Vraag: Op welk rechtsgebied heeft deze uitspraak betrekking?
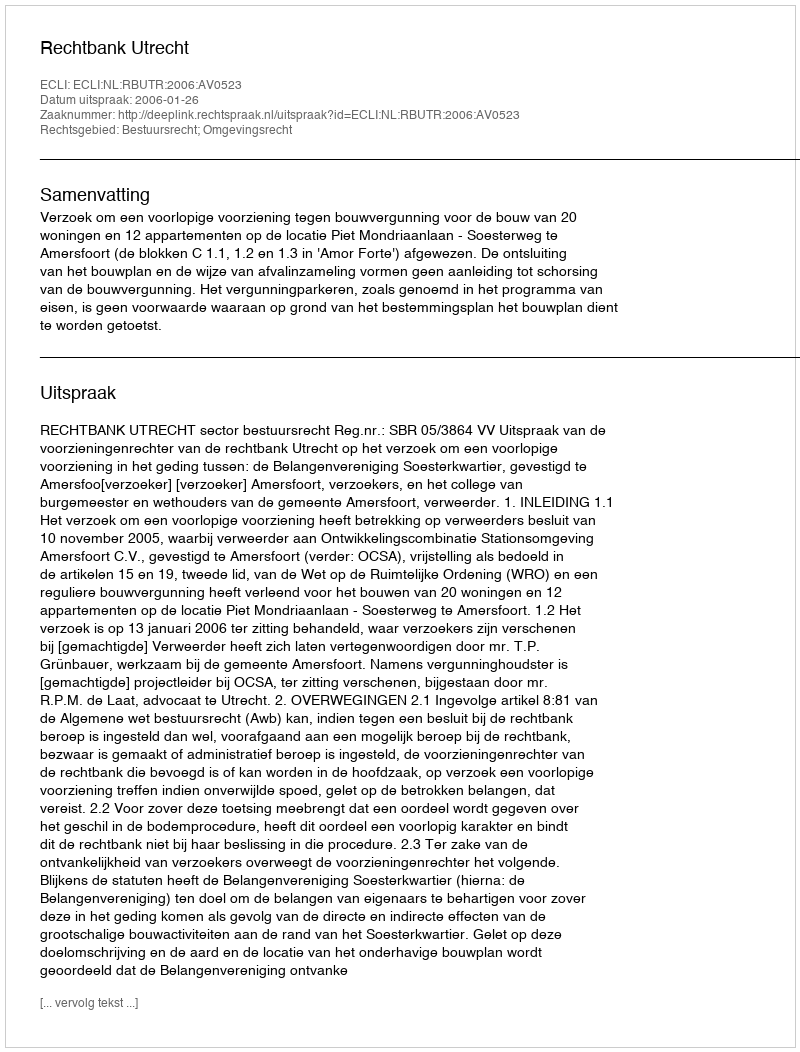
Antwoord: Bestuursrecht; Omgevingsrecht